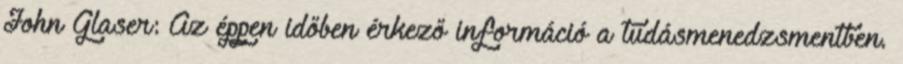
John Glaser: Az éppen időben érkező információ a tudásmenedzsmentben.